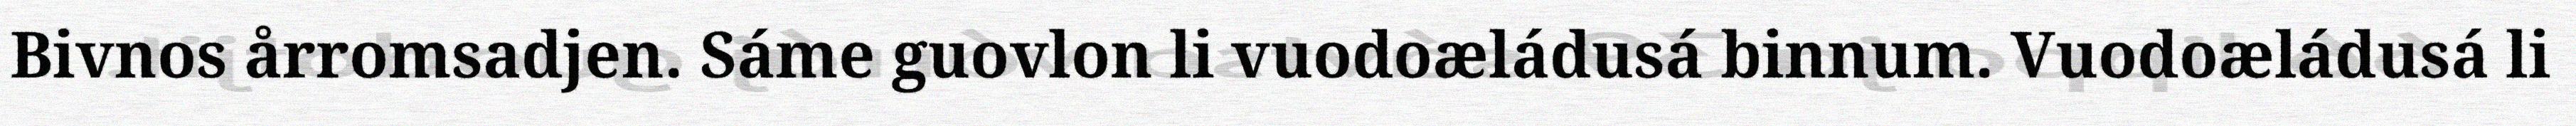
Bivnos årromsadjen. Sáme guovlon li vuodoæládusá binnum. Vuodoæládusá li